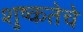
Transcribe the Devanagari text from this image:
शुष्कतेचे